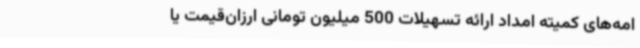
امه‌های کمیته امداد ارائه تسهیلات 500 میلیون تومانی ارزان‌قیمت یا